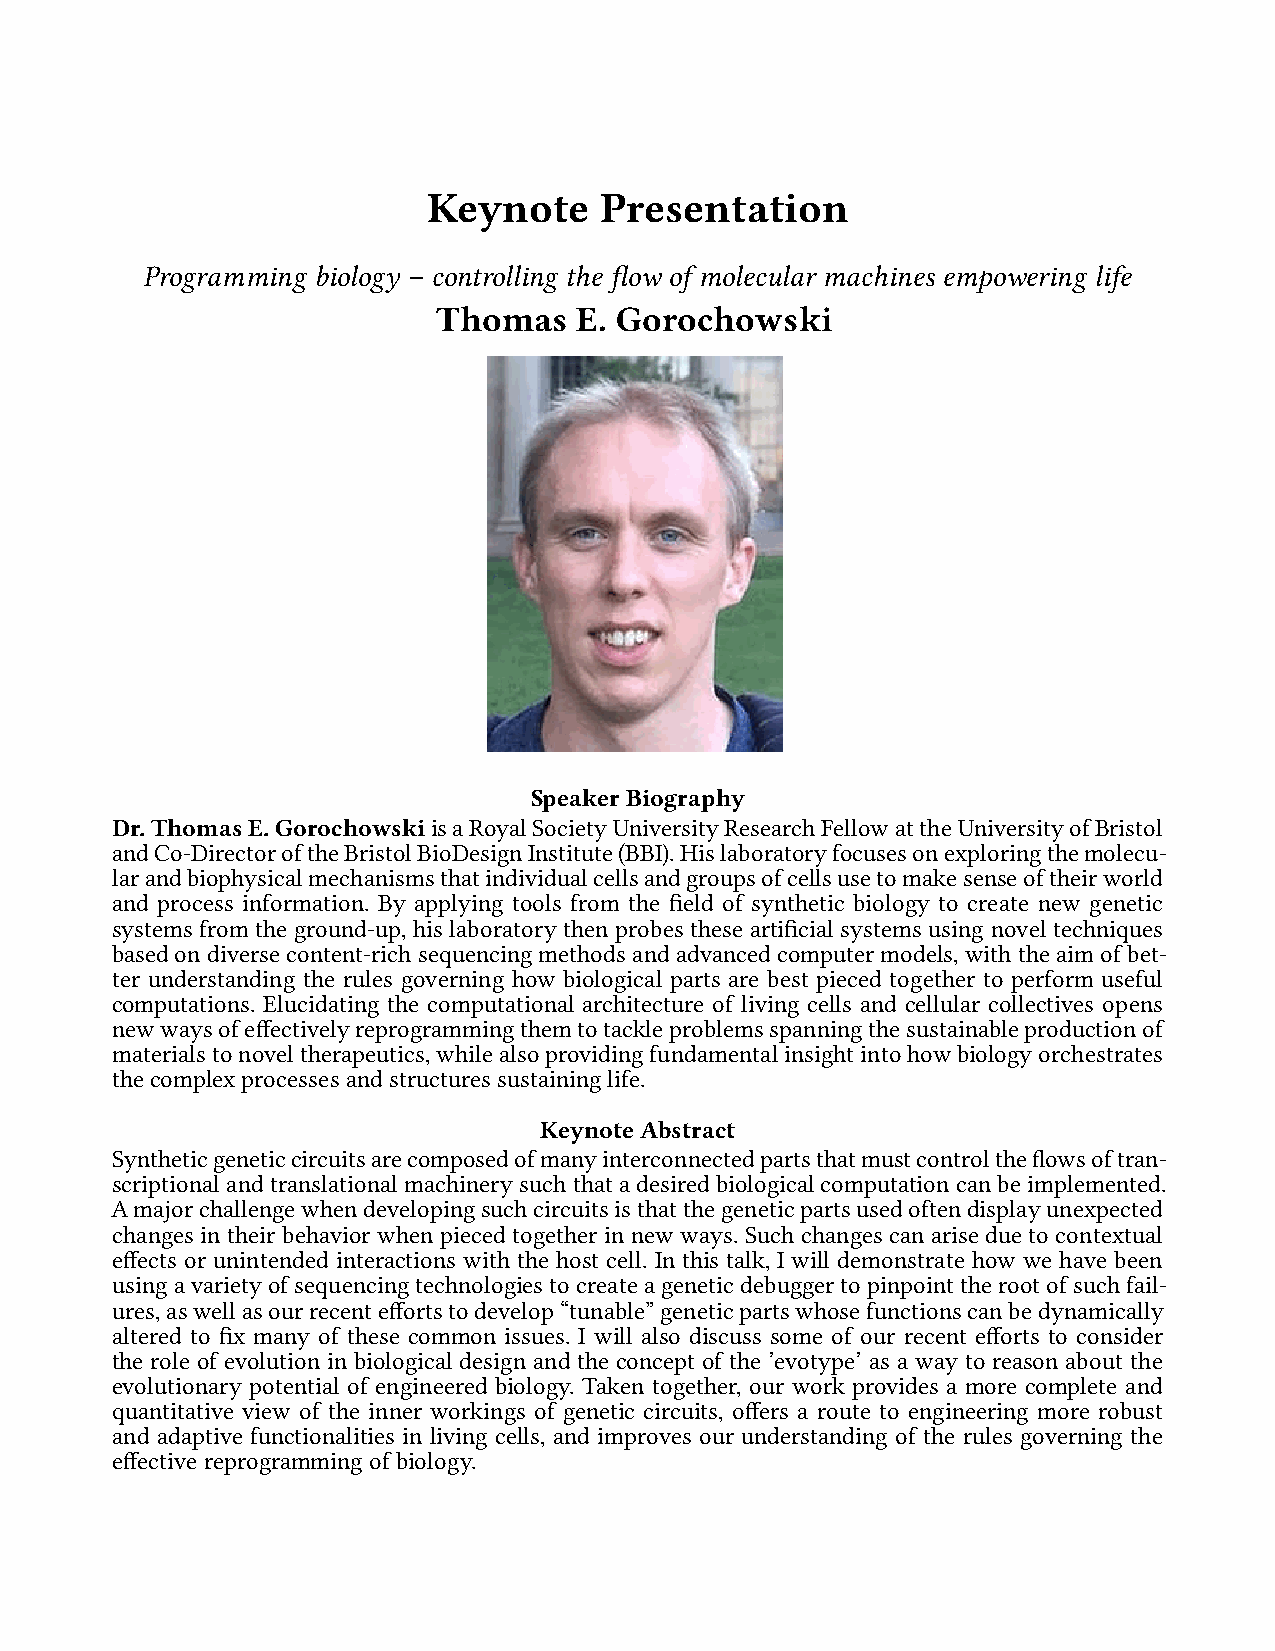
Keynote     Presentation
 Programming biology – controlling the flow of molecular machines empowering life
 Thomas   E. Gorochowski
 SpeakerBiography
 Dr.ThomasE.GorochowskiisaRoyalSocietyUniversityResearchFellowattheUniversityofBristol
 andCo-DirectoroftheBristolBioDesignInstitute(BBI).Hislaboratoryfocusesonexploringthemolecu-
 larandbiophysicalmechanismsthatindividualcellsandgroupsofcellsusetomakesenseoftheirworld
 and process information. By applying tools from the field of synthetic biology to create new genetic
 systems from the ground-up, his laboratory then probes these artificial systems using novel techniques
 basedondiversecontent-richsequencingmethodsandadvancedcomputermodels,withtheaimofbet-
 ter understanding the rules governing how biological parts are best pieced together to perform useful
 computations. Elucidating the computational architecture of living cells and cellular collectives opens
 newwaysofeffectivelyreprogrammingthemtotackleproblemsspanningthesustainableproductionof
 materialstonoveltherapeutics,whilealsoprovidingfundamentalinsightintohowbiologyorchestrates
 thecomplexprocessesandstructuressustaininglife.
 KeynoteAbstract
 Syntheticgeneticcircuitsarecomposedofmanyinterconnectedpartsthatmustcontroltheflowsoftran-
 scriptionalandtranslationalmachinerysuchthatadesiredbiologicalcomputationcanbeimplemented.
 Amajorchallengewhendevelopingsuchcircuitsisthatthegeneticpartsusedoftendisplayunexpected
 changes in their behavior when pieced together in new ways. Such changes can arise due to contextual
 effects or unintended interactions with the host cell. In this talk, I will demonstrate how we have been
 usingavarietyofsequencingtechnologiestocreateageneticdebuggertopinpointtherootofsuchfail-
 ures,aswellasourrecenteffortstodevelop“tunable”geneticpartswhosefunctionscanbedynamically
 altered to fix many of these common issues. I will also discuss some of our recent efforts to consider
 the role of evolution in biological design and the concept of the ’evotype’ as a way to reason about the
 evolutionary potential of engineered biology. Taken together, our work provides a more complete and
 quantitative view of the inner workings of genetic circuits, offers a route to engineering more robust
 and adaptive functionalities in living cells, and improves our understanding of the rules governing the
 effectivereprogrammingofbiology.